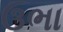
ઉભા